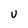
Character: U